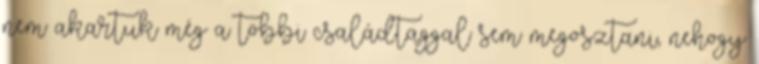
nem akartuk még a többi családtaggal sem megosztani, nehogy